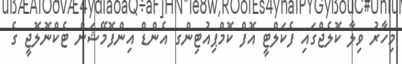
މިހާރު ވިލާ ކޮލެޖްގައި ފެކަލްޓީ އޮފް ކޮމްޕިއުޓިންގ އެންޑް އިންފޮމޭޝަން ޓެކްނޮލޮޖީ ގެ